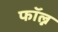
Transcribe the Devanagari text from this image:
फॉल्न